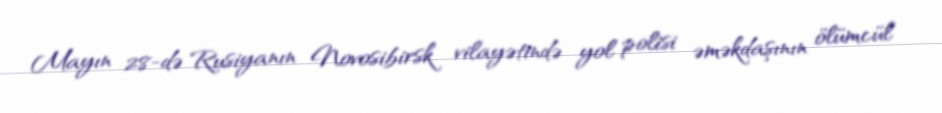
Mayın 28-də Rusiyanın Novosibirsk vilayətində yol polisi əməkdaşının ölümcül